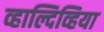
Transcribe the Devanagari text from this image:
व्हाल्दिव्हिया